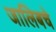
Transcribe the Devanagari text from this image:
जालिबचे